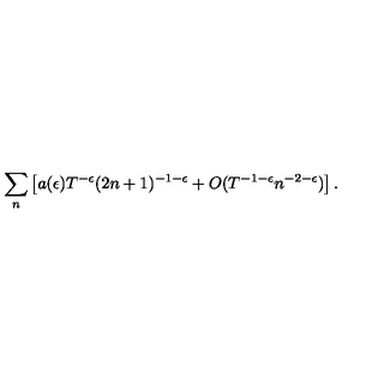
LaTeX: \sum _ { n } \left[ a ( \epsilon ) T ^ { - \epsilon } ( 2 n + 1 ) ^ { - 1 - \epsilon } + O ( T ^ { - 1 - \epsilon } n ^ { - 2 - \epsilon } ) \right] .